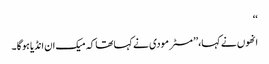
‘‘
انھوں نے کہا،’’ مسٹر مودی نے کہاتھا کہ میک ان انڈیا ہوگا ۔